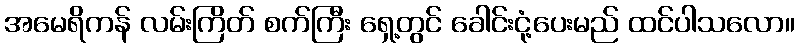
အမေရိကန် လမ်းကြိတ် စက်ကြီး ရှေ့တွင် ခေါင်းငုံ့ပေးမည် ထင်ပါသလော။